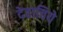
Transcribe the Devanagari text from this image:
देहाचिये